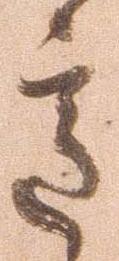
意